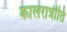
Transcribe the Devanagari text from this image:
कालरात्रीति